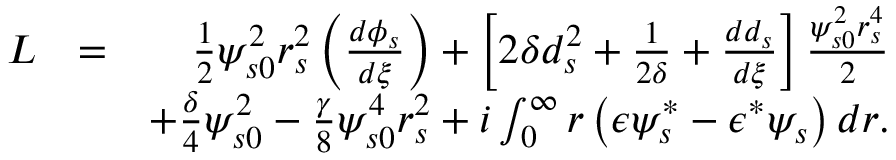
\begin{array} { r l r } { L } & { = } & { \frac { 1 } { 2 } \psi _ { s 0 } ^ { 2 } r _ { s } ^ { 2 } \left( \frac { d \phi _ { s } } { d \xi } \right) + \left[ 2 \delta d _ { s } ^ { 2 } + \frac { 1 } { 2 \delta } + \frac { d d _ { s } } { d \xi } \right] \frac { \psi _ { s 0 } ^ { 2 } r _ { s } ^ { 4 } } { 2 } } \\ & { } & { + \frac { \delta } { 4 } \psi _ { s 0 } ^ { 2 } - \frac { \gamma } { 8 } \psi _ { s 0 } ^ { 4 } r _ { s } ^ { 2 } + i \int _ { 0 } ^ { \infty } r \left( \epsilon \psi _ { s } ^ { * } - \epsilon ^ { * } \psi _ { s } \right) d r . } \end{array}